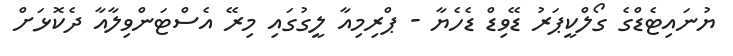
ޔުނައިޓެޑްގެ ގޯލްކީޕަރު ޑޭވިޑް ޑެހެޔާ - ޕްރިމިއާ ލީގުގައި މިރޭ އެސްޓަންވިލާއާ ދެކޮޅަށް